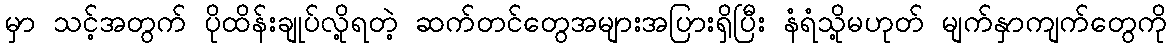
မှာ သင့်အတွက် ပိုထိန်းချုပ်လို့ရတဲ့ ဆက်တင်တွေအများအပြားရှိပြီး နံရံသို့မဟုတ် မျက်နှာကျက်တွေကို